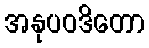
အနုပဝဒိတော